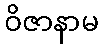
ဝိဇာနာမ